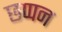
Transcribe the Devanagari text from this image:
छप्‍पन